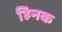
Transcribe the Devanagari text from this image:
हिनक